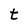
Character: t